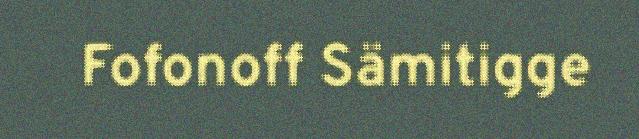
Fofonoff Sämitigge